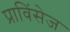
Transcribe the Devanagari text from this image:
प्राविंसेज